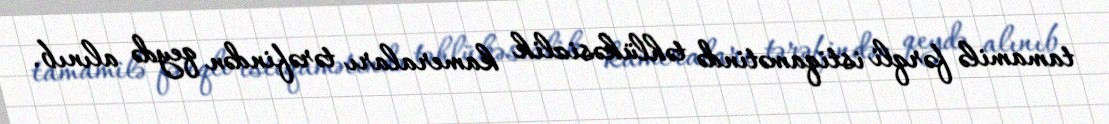
tamamilə fərqli istiqamətində təhlükəsizlik kameraları tərəfindən qeydə alınıb.